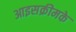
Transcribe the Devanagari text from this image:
आइसक्रीमके